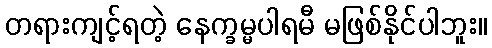
တရားကျင့်ရတဲ့ နေက္ခမ္မပါရမီ မဖြစ်နိုင်ပါဘူး။